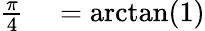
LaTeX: \begin{array}{rl}{{\frac{\pi}{4}}}&{{}=\arctan(1)}\end{array}